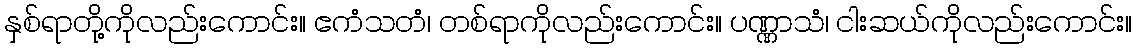
နှစ်ရာတို့ကိုလည်းကောင်း။ ဧကံသတံ၊ တစ်ရာကိုလည်းကောင်း။ ပဏ္ဏာသံ၊ ငါးဆယ်ကိုလည်းကောင်း။